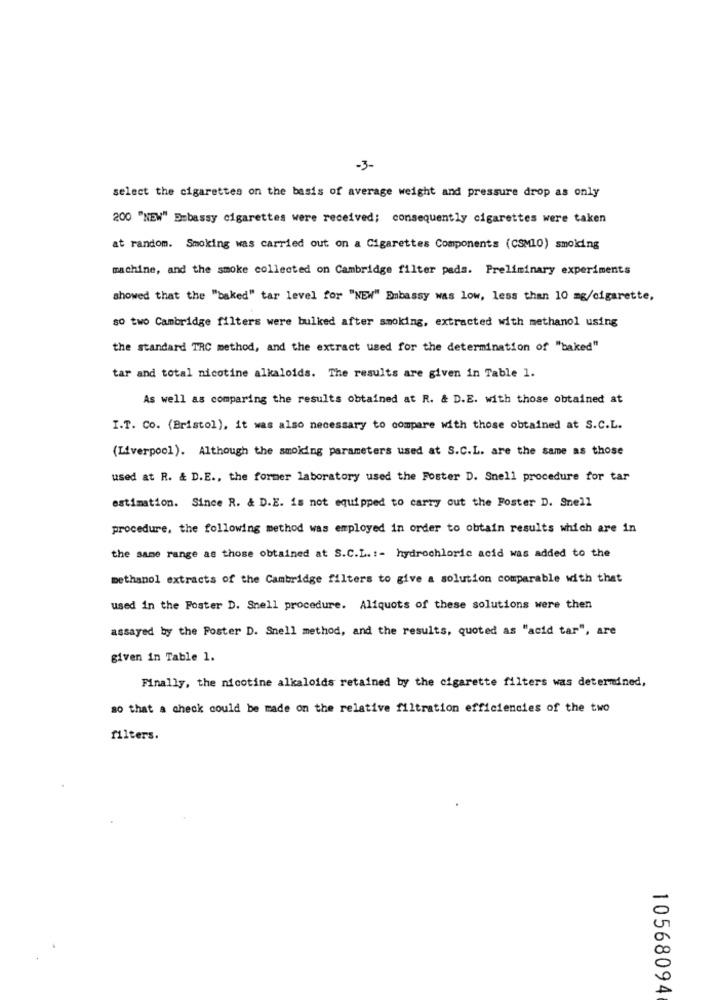
-3-
select the cigarettes on the basis of average weight and pressure drop as only
200 "NEW" Embassy cigarettes were received; consequently cigarettes were taken
at random. Smoking was carried out on a Cigarettes Components (CSMLO) smolding
machine, and the smoke collected on Cambridge filter pads. Preliminary experiments
showed that the "baked" tar level for "NEW" Embassy was low, less than 10 mg/cigarette,
SO two Cambridge filters were bulked after smoking, extracted with methanol using
the standard TRC method, and the extract used for the determination of "baked"
tar and total nicotine alkaloids. The results are given in Table 1.
As well as comparing the results obtained at R. & D.E. with those obtained at
I.T. Co. (Bristol), it was also necessary to compare with those obtained at S.C.L.
(Liverpool). Although the smoking parameters used at S.C.L. are the same as those
used at R. & D.E ., the former laboratory used the Foster D. Snell procedure for tar
estimation. Since R. & D.E. is not equipped to carry out the Foster D. Snell
procedure, the following method was employed in order to obtain results which are in
the same range as those obtained at S.C.L. :- hydrochloric acid was added to the
methanol extracts of the Cambridge filters to give a solution comparable with that
used in the Poster D. Snell procedure. Aliquots of these solutions were then
assayed by the Poster D. Snell method, and the results, quoted as "acid tar", are
given in Table 1.
Finally, the nicotine alkaloids retained by the cigarette filters was determined,
so that a check could be made on the relative filtration efficiencies of the two
filters.
10568094